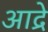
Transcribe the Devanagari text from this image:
आद्रे